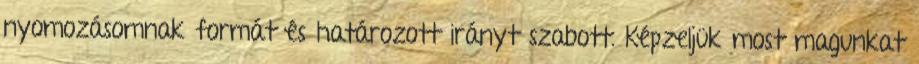
nyomozásomnak formát és határozott irányt szabott. Képzeljük most magunkat